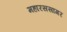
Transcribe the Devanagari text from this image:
महारससागर